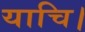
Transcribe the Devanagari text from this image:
याचि।